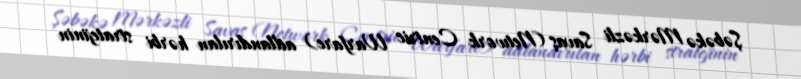
Şəbəkə Mərkəzli Savaş (Network Centric Warfare) adlandırılan hərbi stratejinin